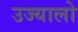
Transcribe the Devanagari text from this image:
उज्यालो